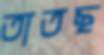
তাতছ